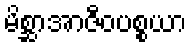
မိစ္ဆာအာဇီဝပစ္စယာ